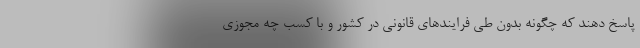
پاسخ دهند که چگونه بدون طی فرایندهای قانونی در کشور و با کسب چه مجوزی